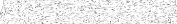
٤